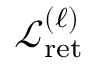
\mathcal { L } _ { \mathrm { r e t } } ^ { ( \ell ) }